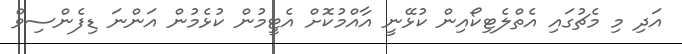
އަދި މި މެޗުގައި އެތްލެޓިކޯއިން ކުޅޭނީ އާއްމުކޮށް އެޓީމުން ކުޅެމުން އަންނަ ޑިފެންސިވް